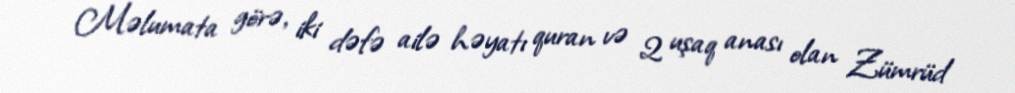
Məlumata görə, iki dəfə ailə həyatı quran və 2 uşaq anası olan Zümrüd